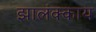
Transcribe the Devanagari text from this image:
झालंक्काय